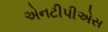
એનટીપીએસ